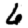
Digit: 6